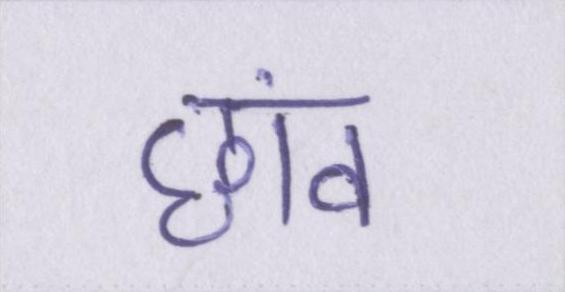
छांव